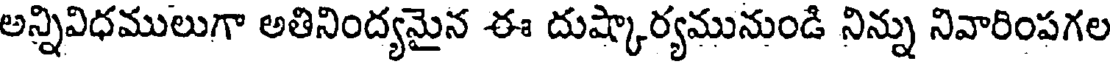
అన్నివిధములుగా అతినింద్యమైన ఈ దుష్కార్యమునుండి నిన్ను నివారింపగల